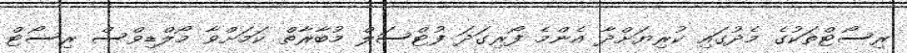
ރިސޯޓްތަކުގެ މެދުގައި ކުރިޔަށްދާ އެންމެ ފޯރިގަދަ ފުޓްސަލް މުބާރާތް ކަމަށްވާ މޯލްޑިވްސް ރިސޯޓް